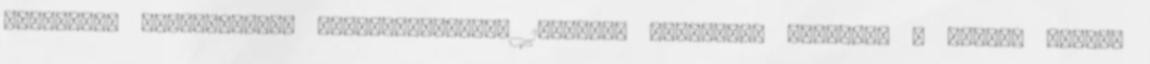
cukornál. Széleskörűen felhasználható, 198°C-ig hőstabil. Hátránya a keserű utóíz,